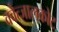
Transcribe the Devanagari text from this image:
क्वेत्जालकोट